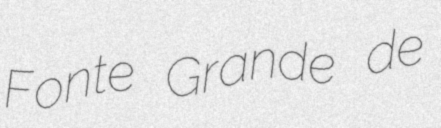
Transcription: Fonte Grande de